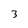
Character: 3